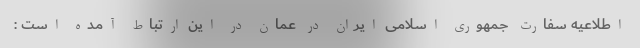
اطلاعیه سفارت جمهوری اسلامی ایران در عمان در این ارتباط آمده است :